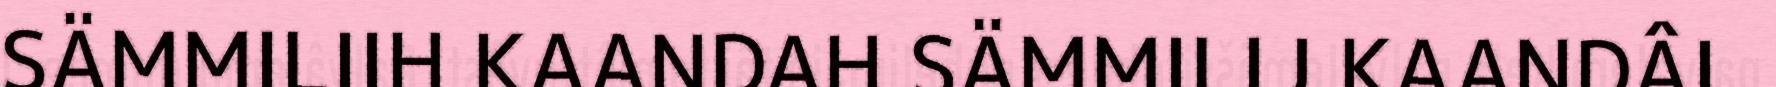
SÄMMILIIH KAANDAH SÄMMILIJ KAANDÂI